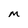
Character: M